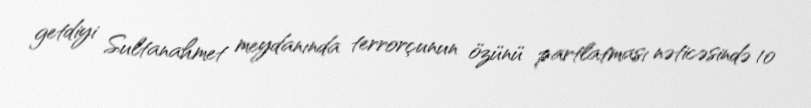
getdiyi Sultanahmet meydanında terrorçunun özünü partlatması nəticəsində 10